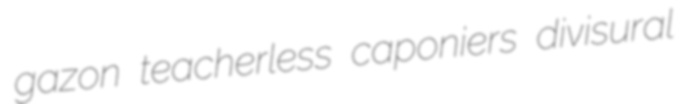
gazon teacherless caponiers divisural